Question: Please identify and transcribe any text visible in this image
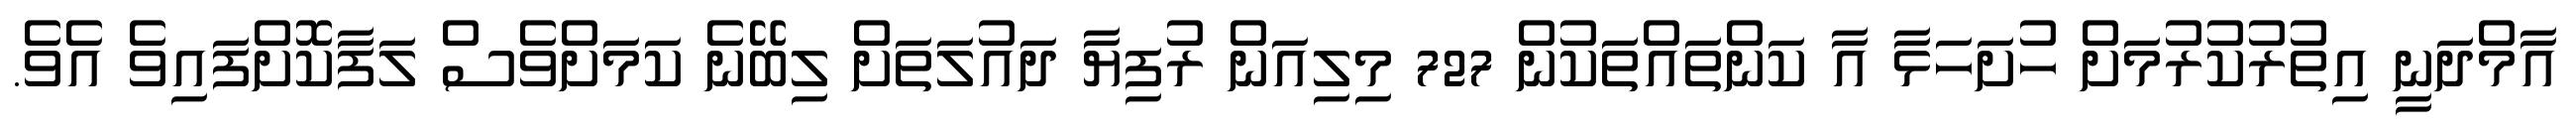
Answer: އާމްދަނީ އިތުރުކުރުމަށް ހުށަހަޅާ އާ ކަންތައްތަކުން 727 މިލިއަން ރުފިޔާ ދައުލަތަށް ލިބޭނެ ކަމަށްވެސް ލަފާކޮށްފައިވެ އެވެ.